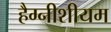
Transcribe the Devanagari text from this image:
हैग्नीशीयम